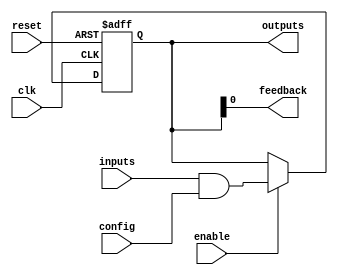
module CLB #(
    parameter WIDTH = 4 // Number of input signals
) (
    input  wire                  clk,               // Clock signal (optional for synchronous designs)
    input  wire [WIDTH-1:0]     inputs,            // Input signals
    input  wire [WIDTH-1:0]     config,            // Configuration inputs for LUT
    input  wire                  enable,            // Enable signal
    input  wire                  reset,             // Reset signal
    output reg [WIDTH-1:0]      outputs,           // Output signals
    output wire                 feedback            // Feedback path (optional)
);

    // Internal signal for LUT output
    wire [WIDTH-1:0] lut_output;

    // Lookup Table (LUT) implementation
    // The LUT functionality can be defined based on the configuration inputs
    // Here, we define a simple example where the LUT output is determined by config
    assign lut_output = (enable) ? (inputs & config) : 0; // Example logic (AND operation)

    // Feedback path (optional)
    assign feedback = outputs[0]; // Example feedback from the first output

    // Output generation
    always @(posedge clk or posedge reset) begin
        if (reset) begin
            outputs <= 0; // Reset outputs
        end else if (enable) begin
            outputs <= lut_output; // Update outputs from LUT output
        end
    end

endmodule